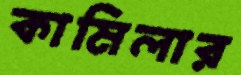
কামিলার